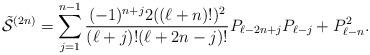
LaTeX: \begin{gather*}\tilde{\cal S}^{(2n)} = \sum\limits_{j=1}^{n-1} \frac{(-1)^{n+j} 2 ((\ell+n)!)^2}{(\ell+j)! (\ell+2n-j)!}P_{\ell-2n+j} P_{\ell-j} + P_{\ell-n}^2.\end{gather*}